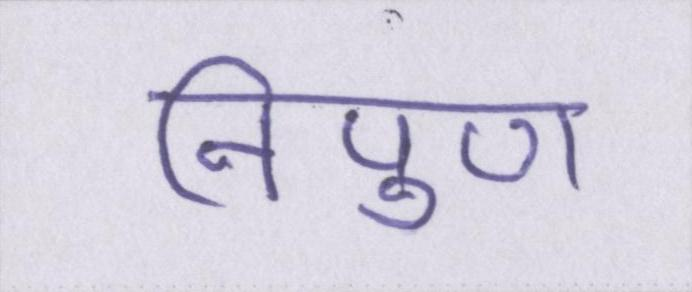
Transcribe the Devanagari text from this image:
निपुण